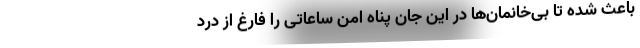
باعث شده تا بی‌خانمان‌ها در این جان پناه امن ساعاتی را فارغ از درد